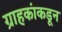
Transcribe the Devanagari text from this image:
ग्राहकांकडून